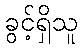
ခွင့်ရှိသူ